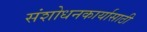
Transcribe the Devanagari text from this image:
संशोधनकार्यासाठी